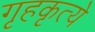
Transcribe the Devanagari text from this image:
गृहकृत्ये